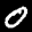
Label: 0